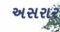
અસરાર